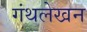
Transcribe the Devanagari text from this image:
गंथलेखन